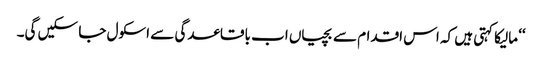
‘‘ مالیکا کہتی ہیں کہ اس اقدام سے بچیاں اب باقاعدگی سے اسکول جا سکیں گی۔